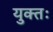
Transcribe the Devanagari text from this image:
युक्‍तः